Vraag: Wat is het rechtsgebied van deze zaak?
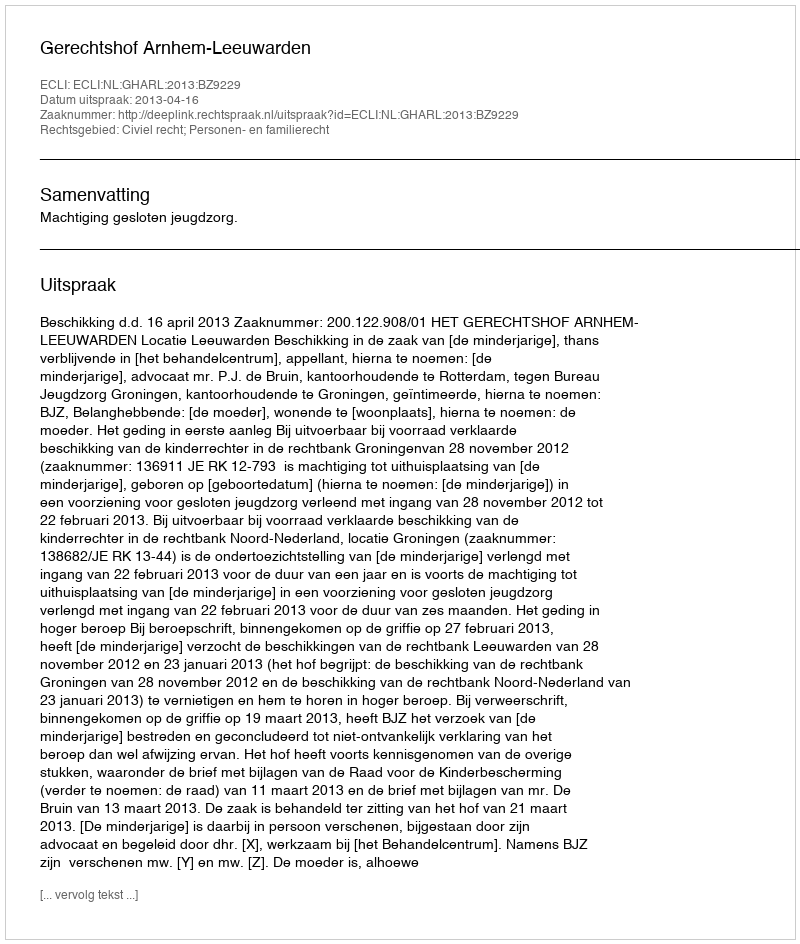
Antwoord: Civiel recht; Personen- en familierecht